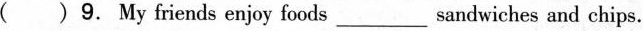
( )9. My friends enjoy foods___sandwiches and chips.